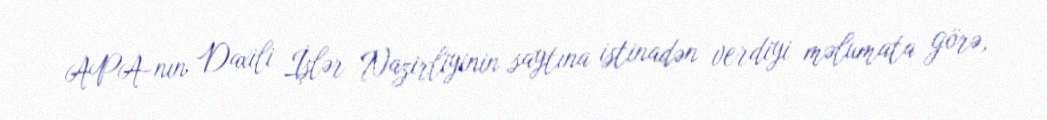
APA-nın Daxili İşlər Nazirliyinin saytına istinadən verdiyi məlumata görə,